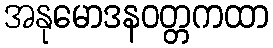
အနုမောဒနဝတ္တကထာ